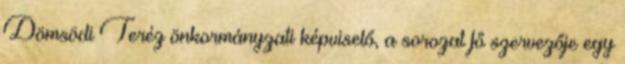
Dömsödi Teréz önkormányzati képviselő, a sorozat fő szervezője egy